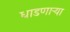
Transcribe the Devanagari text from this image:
धाडणार्‍या